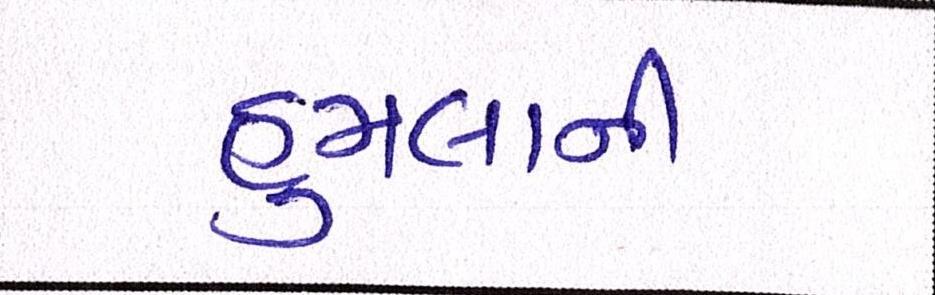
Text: હુમલાની